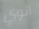
أنوي